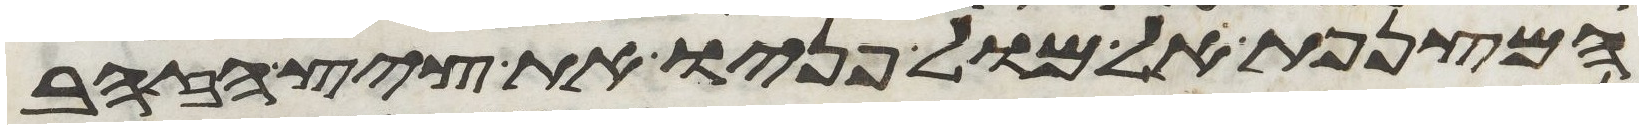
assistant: המצנפת אל מול פניו את ציץ הזהב